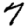
Digit: 7